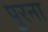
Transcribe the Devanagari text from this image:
पुरना